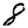
Digit: 8